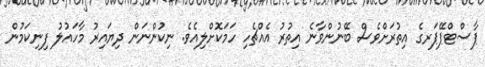
ޕާސްޓްޕޭޕަރގެ އިތުރަށްވެސް ބޭނުންވާނެ އިތުރު އެއްޗެހި ހަމަކޮށްލިއެވެ. ނިކުންނަން ދިޔައިރު މާހައުލު ފިނިކަމުން